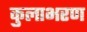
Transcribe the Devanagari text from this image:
कुलाभरण